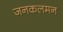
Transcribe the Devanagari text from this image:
जनकलमन